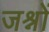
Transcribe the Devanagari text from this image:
जश्नों